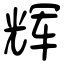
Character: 辉